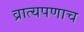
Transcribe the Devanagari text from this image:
व्रात्यपणाच